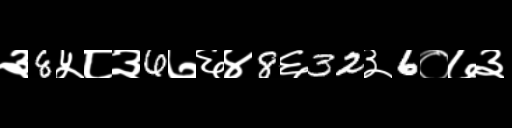
Text: ३8५८३6७६४8६32३6०७३